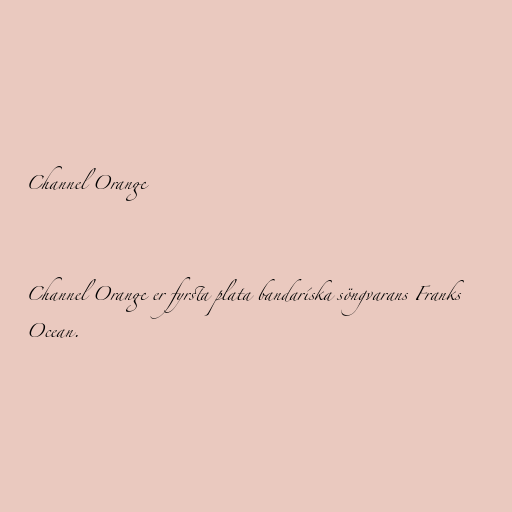
Channel Orange

Channel Orange er fyrsta plata bandaríska söngvarans Franks
Ocean.